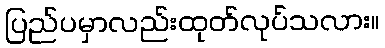
ပြည်ပမှာလည်းထုတ်လုပ်သလား။